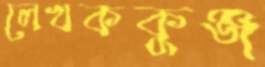
লেখককুঞ্জ